Papaver somniferum - Opium : an extract from the sixth volume of the Dictionary of Economic Products of India
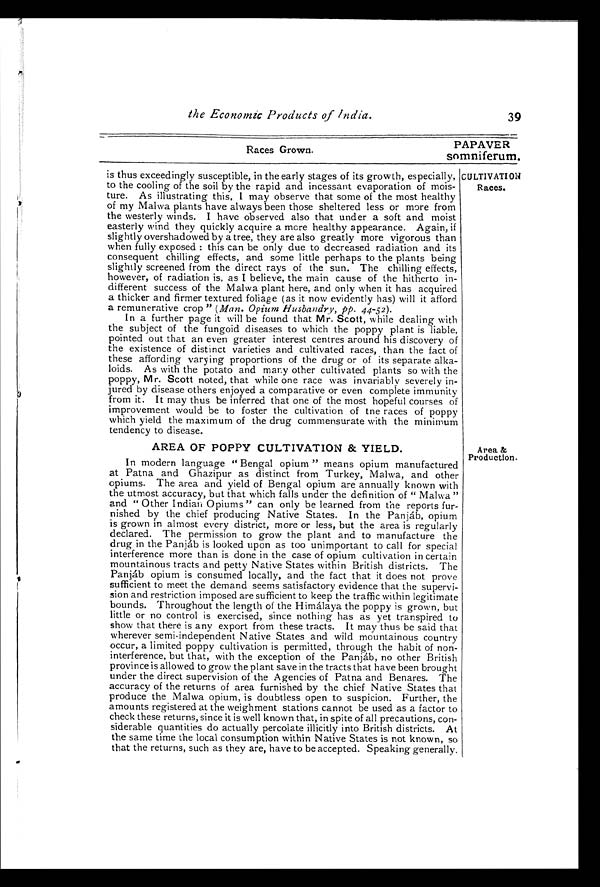
the Economic Products of India.
39
PAPAVER
Races Grown.
somniferum.
is thus exceedingly susceptible, in the early stages of its growth, especially,
to the cooling of the soil by the rapid and incessant evaporation of mois-
ture. As illustrating this, I may observe that some of the most healthy
of my Malwa plants have always been those sheltered less or more from
the westerly winds. I have observed also that under a soft and moist
easterly wind they quickly acquire a mere healthy appearance. Again, if
slightly overshadowed by a tree, they are also greatly more vigorous than
when fully exposed : this can be only due to decreased radiation and its
consequent chilling effects, and some little perhaps to the plants being
slightly screened from the direct rays of the sun. The chilling effects,
however, of radiation is, as I believe, the main cause of the hitherto in-
different success of the Malwa plant here, and only when it has acquired
a thicker and firmer textured foliage (as it now evidently has) will it afford
a remunerative crop " (Man. Opium Husbandry, pp . 4 4 &# x 2 0 1 3 ; 5 2 ) .
In a further page it will be found that Mr. Scott, while dealing with
the subject of the fungoid diseases to which the poppy plant is liable,
pointed out that an even greater interest centres around his discovery of
the existence of distinct varieties and cultivated races, than the fact of
these affording vary ing proportions of the drug or of its separate alka-
loids. As with the potato and many other cultivated plants so with the
poppy, Mr. Scott noted, that while one race was invariably severely in-
jured by disease others enjoyed a comparative or even complete immunity
from it. It may thus be inferred that one of the most hopeful courses of
improvement would be to foster the cultivation of the races of poppy
which yield the maximum of the drug commensurate with the minimum
tendency to disease.
CULTIVATION
Races.
AREA OF POPPY CULTIVATION & YIELD.
In modern language "Bengal opium " means opium manufactured
at Patna and Ghazipur as distinct from Turkey, Malwa, and other
opiums. The area and yield of Bengal opium are annually known with
the utmost accuracy, but that which falls under the definition of " Malwa"
and " Other Indian Opiums " can only be learned from the reports fur-
nished by the chief producing Native States. In the Panj&#x00E1;b, opium
is grown in almost every district, more or less, but the area is regularly
declared. The permission to grow the plant and to manufacture the
dr ug i n t he Panj &#x00E1; b i s l ooked upon as t oo uni mpor t ant t o cal l f or s peci al
interference more than is done in the case of opium cultivation in certain
mountainous tracts and petty Native States within British districts. The
P a n j & # x 0 0 E 1 ; b o p i u m i s c o n s u m e d l o c a l l y , a n d t h e f a c t t h a t i t d o e s n o t p r o v e
sufficient to meet the demand seems satisfactory evidence that the supervi-
-sion and restriction imposed are sufficient to keep the traffic within legitimate
bounds. Throughout the length of the Him&#x00E1;laya the poppy is grown, but
little or no control is exercised, since nothing has as yet transpired to
show that there is any export from these tracts. It may thus be said that
wherever semi-independent Native States and wild mountainous country
occur, a limited poppy cultivation is permitted, through the habit of non-
interference, but that, with the exception of the Panj&#x00E1;b, no other British
province is allowed to grow the plant save in the tracts that have been brought
under the direct supervision of the Agencies of Patna and Benares. The
accuracy of the returns of area furnished by the chief Native States that
produce the Malwa opium, is doubtless open to suspicion. Further, the
amounts registered at the weighment stations cannot be used as a factor to
check these returns, since it is well known that, in spite of all precautions, con--
siderable quantities do actually percolate illicitly into British districts. At
the same time the local consumption within Native States is not known, so
that the returns, such as they are, have to be accepted. Speaking generally.
Area &
Production.